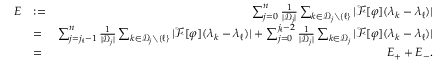
\begin{array} { r l r } { E } & { : = } & { \sum _ { j = 0 } ^ { n } \frac { 1 } { | { \mathcal D } _ { j } | } \sum _ { k \in { \mathcal D } _ { j } \setminus \{ \ell \} } | { \mathcal F } [ \varphi ] ( \lambda _ { k } - \lambda _ { \ell } ) | } \\ & { = } & { \sum _ { j = j _ { \ell } - 1 } ^ { n } \frac { 1 } { | { \mathcal D } _ { j } | } \sum _ { k \in { \mathcal D } _ { j } \setminus \{ \ell \} } | { \mathcal F } [ \varphi ] ( \lambda _ { k } - \lambda _ { \ell } ) | + \sum _ { j = 0 } ^ { j _ { \ell } - 2 } \frac { 1 } { | { \mathcal D } _ { j } | } \sum _ { k \in { \mathcal D } _ { j } } | { \mathcal F } [ \varphi ] ( \lambda _ { k } - \lambda _ { \ell } ) | } \\ & { = } & { E _ { + } + E _ { - } . } \end{array}